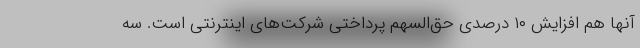
آنها هم افزایش ۱۰ درصدی حق‌السهم پرداختی شرکت‌های اینترنتی است. سه